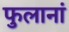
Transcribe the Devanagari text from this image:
फुलानां